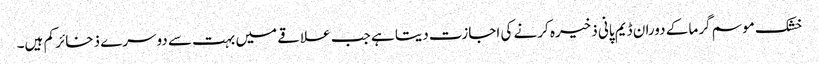
خشک موسم گرما کے دوران ڈیم پانی ذخیرہ کرنے کی اجازت دیتا ہے جب علاقے میں بہت سے دوسرے ذخائر کم ہیں۔